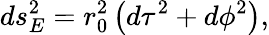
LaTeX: ds_{E}^{2}=r_{0}^{2}\left(d\tau^{2}+d\phi^{2}\right),